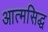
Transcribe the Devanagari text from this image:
आत्मसिद्ध